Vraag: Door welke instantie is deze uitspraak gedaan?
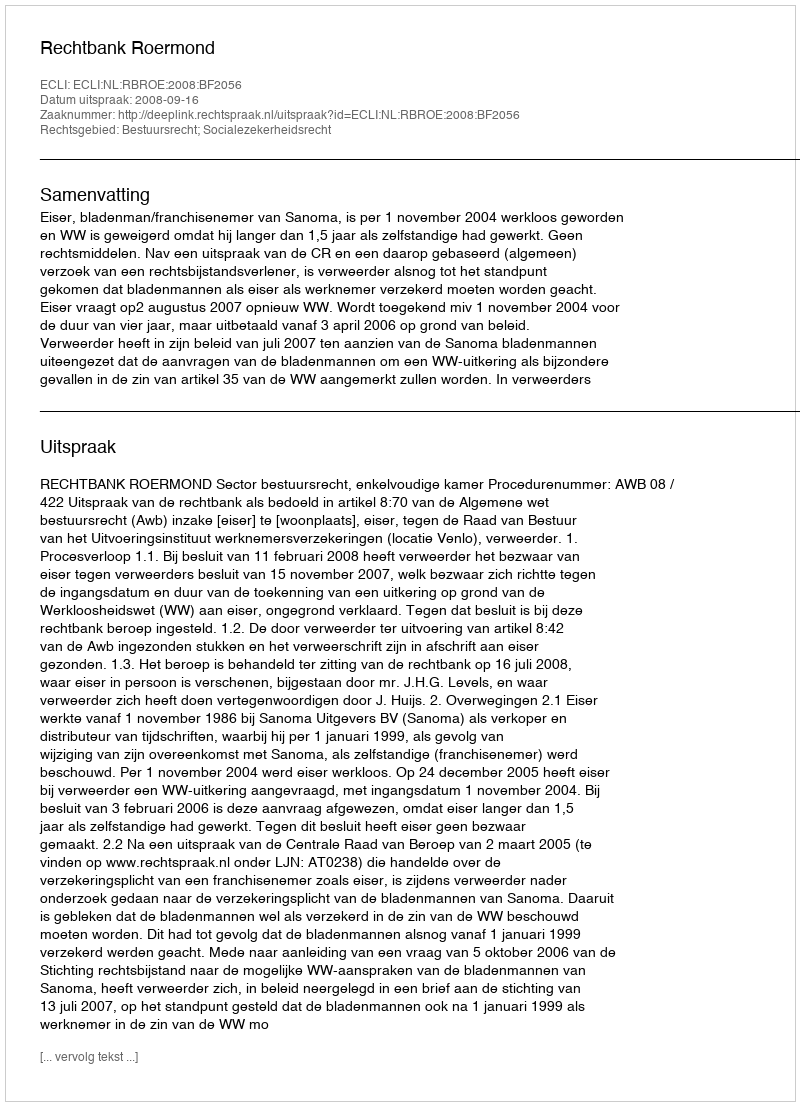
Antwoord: Rechtbank Roermond